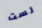
لست